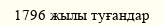
1796 жылы туғандар